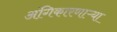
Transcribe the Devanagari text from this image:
अंगिकारणाऱ्या